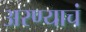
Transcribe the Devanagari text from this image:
अरण्याचं